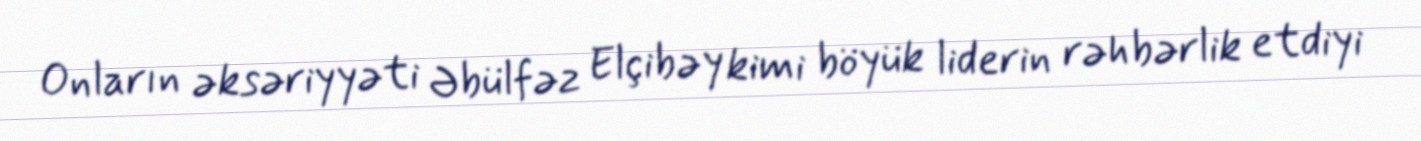
Onların əksəriyyəti Əbülfəz Elçibəy kimi böyük liderin rəhbərlik etdiyi